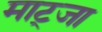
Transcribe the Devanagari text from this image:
माट्जा